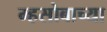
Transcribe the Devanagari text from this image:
म्हसोबाच्या